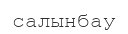
салынбау